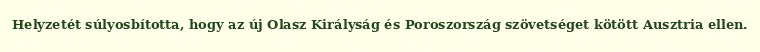
Helyzetét súlyosbította, hogy az új Olasz Királyság és Poroszország szövetséget kötött Ausztria ellen.